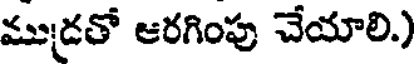
ముద్రతో ఆరగింపు చేయాలి.)